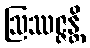
ဩဿဇ္ဇန္တိ